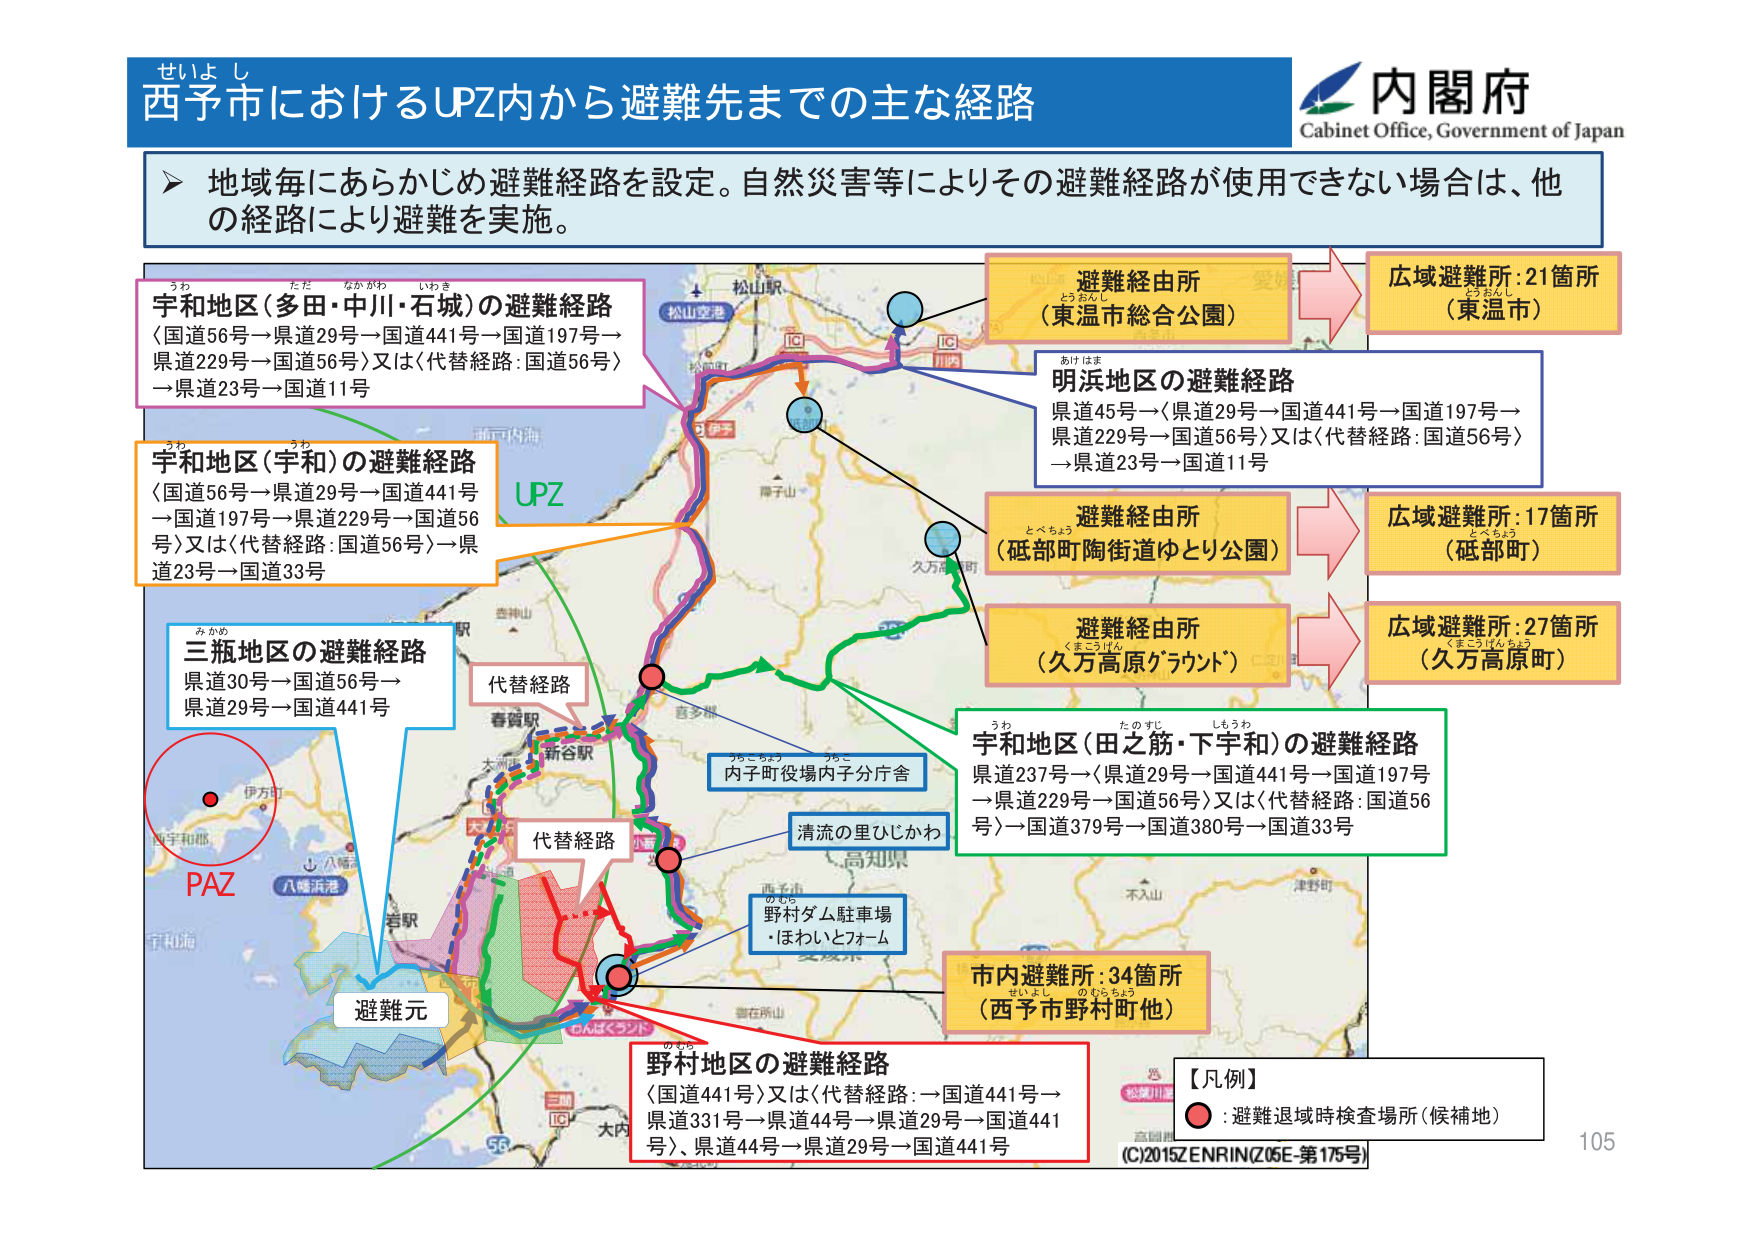
せいよし
西予市におけるUPZ内から避難先までの主な経路
内閣府
Cabinet Office, Government of Japan

地域毎にあらかじめ避難経路を設定。自然災害等によりその避難経路が使用できない場合は、他の経路により避難を実施。

うわ ただ なかがわ いわき
宇和地区（多田・中川・石城）の避難経路
〈国道56号→県道29号→国道441号→国道197号→県道229号→国道56号〉又は〈代替経路：国道56号〉→県道23号→国道11号

うわ うわ
宇和地区（宇和）の避難経路
〈国道56号→県道29号→国道441号→国道197号→県道229号→国道56号〉又は〈代替経路：国道56号〉→県道23号→国道33号

みかめ
三瓶地区の避難経路
県道30号→国道56号→県道29号→国道441号

UPZ

松山駅
松山空港
松山市
南予山
久万高原町
西予市
春賀駅
新谷駅
大洲市
吉多部
内子町役場内子分庁舎
清流の里ひじかわ
高知県
野村ダム駐車場
・ほわいとフォーム
西予市
御在所山
大内
三瓶
IC
56
PAZ
避難元

あけはま
明浜地区の避難経路
県道45号→〈県道29号→国道441号→国道197号→県道229号→国道56号〉又は〈代替経路：国道56号〉→県道23号→国道11号

とうおんし
避難経由所
（東温市総合公園）
広域避難所：21箇所
（東温市）

とべちょう
避難経由所
（砥部町陶街道ゆとり公園）
広域避難所：17箇所
（砥部町）

くまこうげん
避難経由所
（久万高原グラウンド）
広域避難所：27箇所
（久万高原町）

うわ たのすじ しもうわ
宇和地区（田之筋・下宇和）の避難経路
県道237号→〈県道29号→国道441号→国道197号→県道229号→国道56号〉又は〈代替経路：国道56号〉→国道379号→国道380号→国道33号

のむら
野村地区の避難経路
〈国道441号〉又は〈代替経路：→国道441号→県道331号→県道44号→県道29号→国道441号〉、県道44号→県道29号→国道441号

せいよし のむらちょう
市内避難所：34箇所
（西予市野村町他）

【凡例】
●：避難退域時検査場所（候補地）

(C)2015ZENRIN(Z05E-第175号)
105